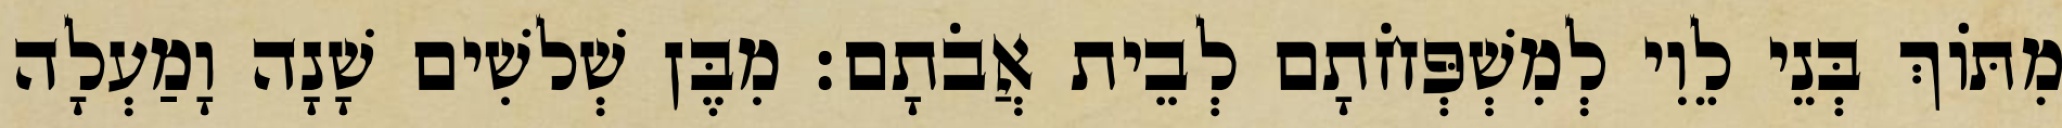
מִתּוֹךְ בְּנֵי לֵוִי לְמִשְׁפְּחֹתָם לְבֵית אֲבֹתָם׃ מִבֶּן שְׁלשִׁים שָׁנָה וָמַעְלָה